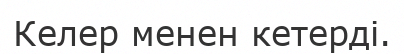
Келер менен кетерді.